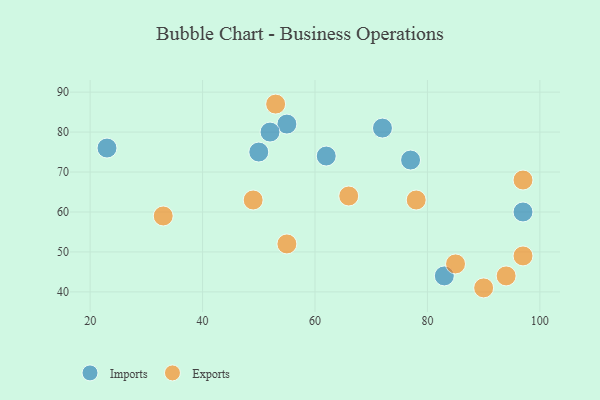
{"axis": {"x": "GDP", "y": "Life Expectancy"}, "legend": ["Exports", "Imports"], "data": [{"x": "62", "y": 74, "type": "Imports"}, {"x": "72", "y": 81, "type": "Imports"}, {"x": "55", "y": 82, "type": "Imports"}, {"x": "83", "y": 44, "type": "Imports"}, {"x": "97", "y": 60, "type": "Imports"}, {"x": "50", "y": 75, "type": "Imports"}, {"x": "23", "y": 76, "type": "Imports"}, {"x": "77", "y": 73, "type": "Imports"}, {"x": "52", "y": 80, "type": "Imports"}, {"x": "49", "y": 63, "type": "Exports"}, {"x": "66", "y": 64, "type": "Exports"}, {"x": "90", "y": 41, "type": "Exports"}, {"x": "85", "y": 47, "type": "Exports"}, {"x": "94", "y": 44, "type": "Exports"}, {"x": "78", "y": 63, "type": "Exports"}, {"x": "97", "y": 68, "type": "Exports"}, {"x": "97", "y": 49, "type": "Exports"}, {"x": "55", "y": 52, "type": "Exports"}, {"x": "53", "y": 87, "type": "Exports"}, {"x": "33", "y": 59, "type": "Exports"}]}